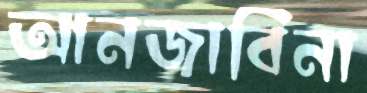
আনজাবিনা